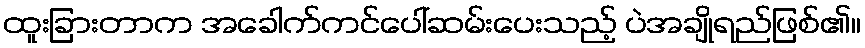
ထူးခြားတာက အခေါက်ကင်ပေါ်ဆမ်းပေးသည့် ပဲအချိုရည်ဖြစ်၏။